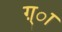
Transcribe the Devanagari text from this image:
ग़्ा